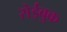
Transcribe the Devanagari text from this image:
रोईबुक